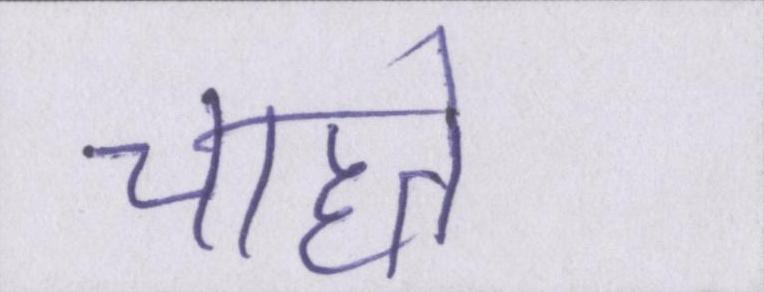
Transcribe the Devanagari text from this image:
चाहते।